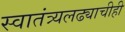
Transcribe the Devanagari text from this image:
स्वातंत्र्यलढ्याचीही